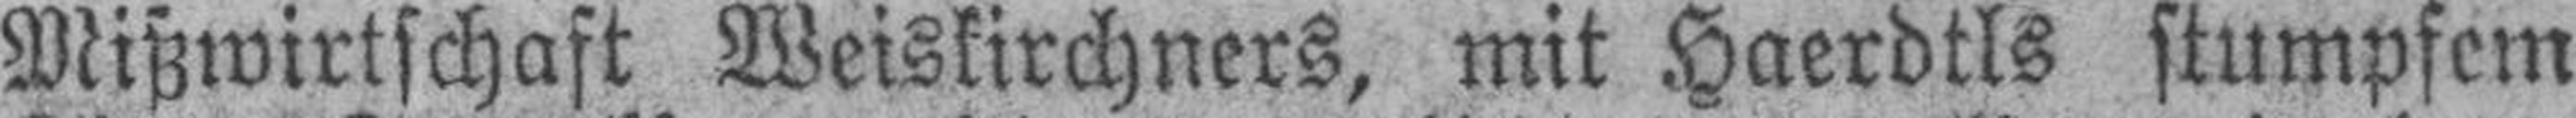
Mißwirtschaft Weiskirchners, mit Haerdtls stumpfem